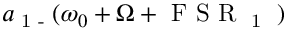
a \textsubscript { 1 - } ( \omega _ { 0 } + \Omega + \textrm { F S R \textsubscript { 1 } } )